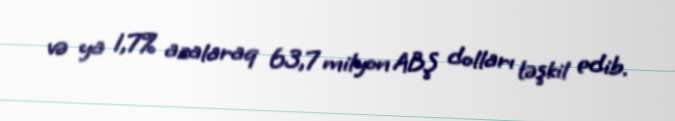
və ya 1,7% azalaraq 63,7 milyon ABŞ dolları təşkil edib.